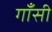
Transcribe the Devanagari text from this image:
गाँसी